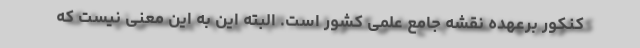
کنکور برعهده نقشه جامع علمی کشور است. البته این به این معنی نیست که